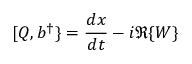
[ Q , b ^ { \dagger } \} = { \frac { d x } { d t } } - i \Re \{ W \}